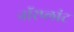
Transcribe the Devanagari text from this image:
नॉरप्लांट